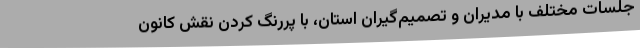
جلسات مختلف با مدیران و تصمیم‌گیران استان، با پررنگ کردن نقش کانون